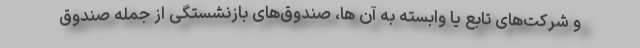
و شرکت‌های تابع یا وابسته به آن ها، صندوق‌های بازنشستگی از جمله صندوق